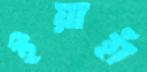
ইয়াহাঁ